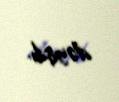
dəyişib.